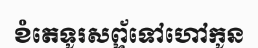
ខំតេទូរសព្ទ័ទៅហៅកូន